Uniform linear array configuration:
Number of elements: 12
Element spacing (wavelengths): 0.5
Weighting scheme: blackman
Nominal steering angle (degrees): -60
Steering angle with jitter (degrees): -58.398
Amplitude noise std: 0.05
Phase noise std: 0.05

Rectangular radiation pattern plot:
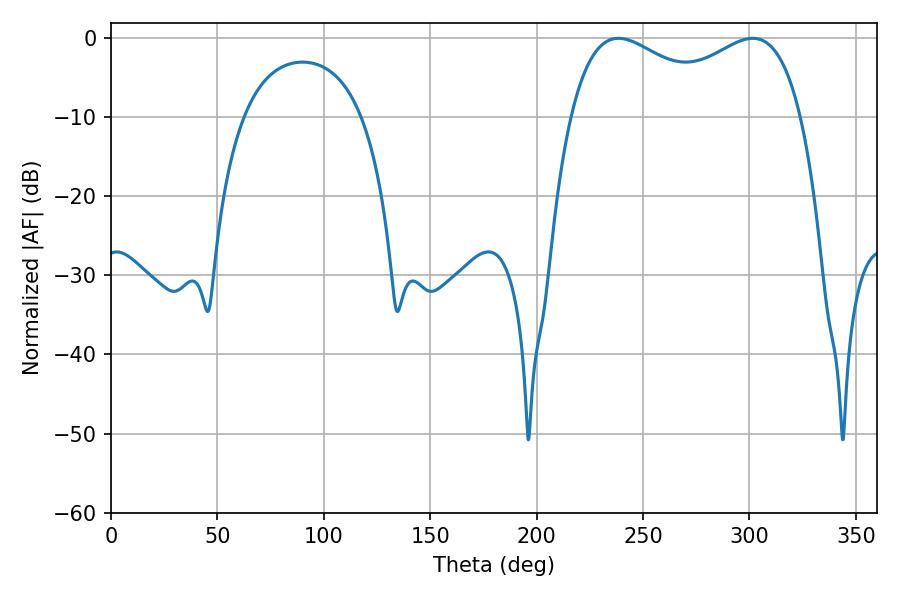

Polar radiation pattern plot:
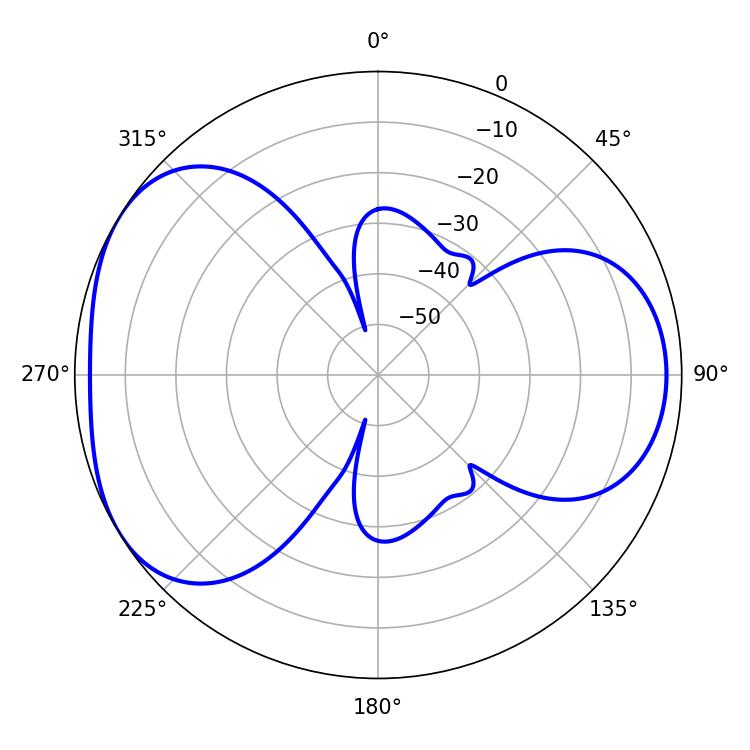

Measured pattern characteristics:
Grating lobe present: FALSE
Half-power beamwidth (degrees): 90.36
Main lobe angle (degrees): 238.5